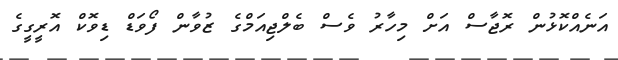
އަނެއްކޮޅުން ރޮޖާސް އަށް މިހާރު ވެސް ބެލްޖިއަމްގެ ޒުވާން ފޯވަޑް ޑިވޮކް އޮރީގީގެ